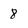
Character: 8